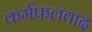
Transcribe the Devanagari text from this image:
कर्मफलवाद